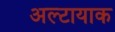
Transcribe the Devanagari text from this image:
अल्टायाक